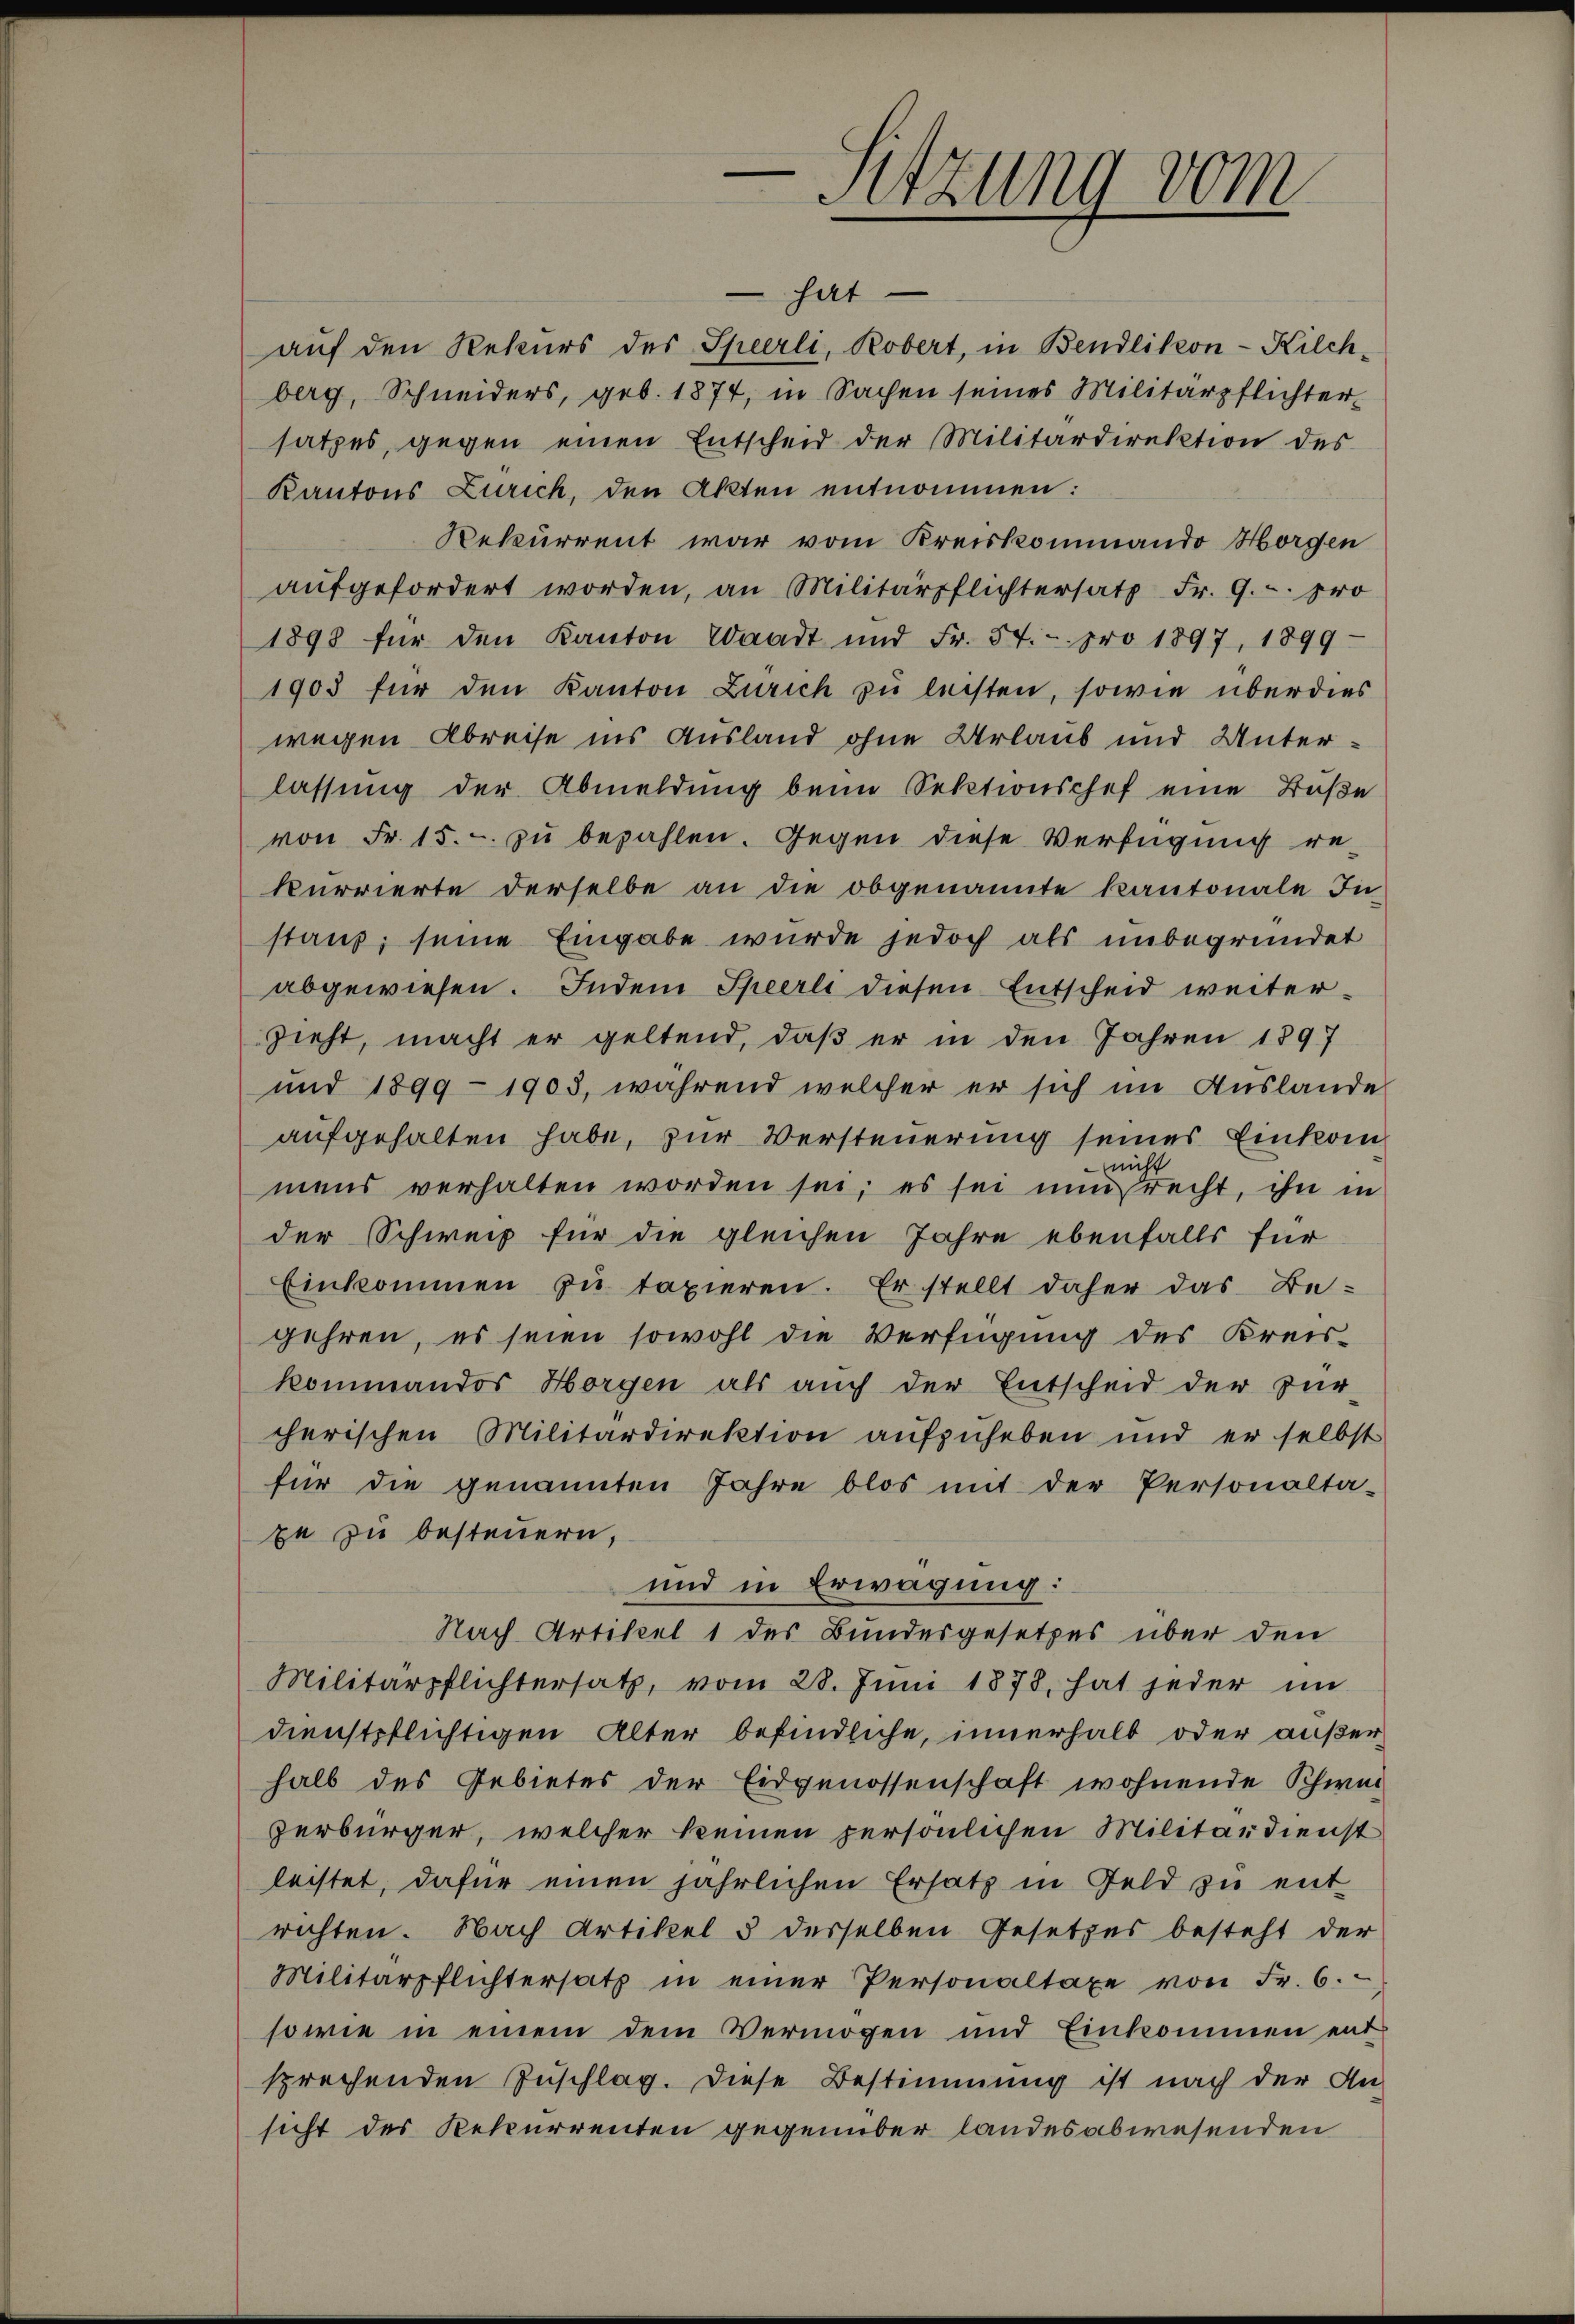
e
5
-Sitzung vom

hat
auf den Rekurs des Sperli, Robert, in Bendlikon-Kilchberg, Schneiders, geb. 1874, in Sachen seines Militärpflichter-
satzes, gegen einen Entscheid der Militärdirektion des
Kantons Zürich, den Akten entnommen:
Rekurrent war vom Kreiskommando Horgen
aŭfgefordert worden, an Militärpflichtersatz Fr. 9. pro
1898 für den Kanton Waadt und Fr. 57. - pro 1897, 1899
1903 für den Kanton Zürich zu leisten, sowie überdies
wegen Abreise ins Ausland ohne Urlaub und Unterlassung der Abmeldung beim Sektionschef eine Buße
von Fr. 15. - zu bezahlen. Gegen diese Verfügung re-
kurrierte derselbe an die obgenannte Kantonale In
stanz, seine Eingabe wurde jedoch als unbegründet
abgewiesen. Indem Speerli diesen Entscheid weiterzieht, macht er geltend, daß er in den Jahren 1897
und 1899 - 1903, während welcher er sich im Auslande
aufgehalten habe, zur Versteuerung seines Einkomnicht
mens verhalten worden sei; es sei nun recht, ihn in
der Schweiz für die gleichen Jahre ebenfalls für
Einkommen zu taxieren. Er stellt daher das Be-
gehren, es seien sowohl die Verfügung des Kreiskommandos Horgen als auch der Entscheid der Für-
cherischen Militärdirektion aufzuheben und er selbst
für die genannten Jahre blos mit der Personalta-
pe zu besteuern,
und in Erwägung:
Nach Artikel 1 des Bundesgesetzes über den
Militärpflichtersatz, vom 28. Juni 1878, hat jeder im
dienstpflichtigen Alter befindliche, innerhalb oder außerhalb des Gebietes der Eidgenossenschaft wohnende Schwei
zerbürger, welcher keinen persönlichen Militärdienst
leistet, dafür einen jährlichen Ersatz in Feld zu ent
richten. Nach Artikel 5 desselben Gesetzes besteht der
Militärpflichtersatz in einer Personaltaxe von Fr. 6.
sowie in einem dem Vermögen und Einkommen ent
sprechenden Zuschlag. Diese Bestimmung ist nach der An-
sicht des Rekurrenten gegenüber landesabwesenden